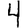
Digit: 4